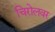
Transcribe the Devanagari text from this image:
चिरोलवर